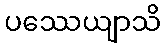
ပဿေယျာသိ